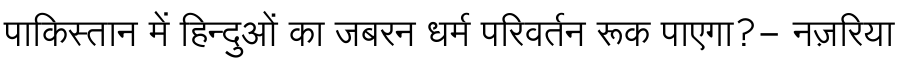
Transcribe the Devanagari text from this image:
पाकिस्तान में हिन्दुओं का जबरन धर्म परिवर्तन रूक पाएगा?- नज़रिया